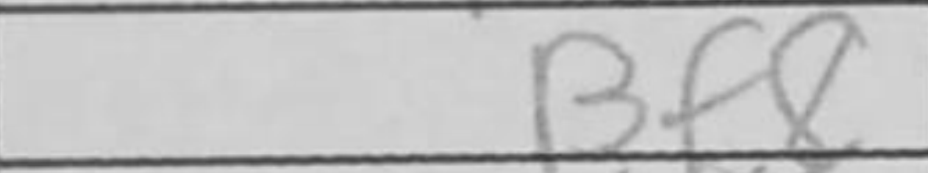
Transcription: Bf8